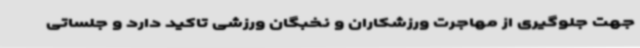
جهت جلوگیری از مهاجرت ورزشکاران و نخبگان ورزشی تاکید دارد و جلساتی